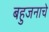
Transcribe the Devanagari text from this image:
बहुजनाचे